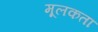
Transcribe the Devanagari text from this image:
मूलकता